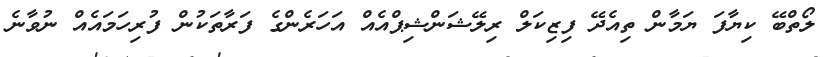
ލޯތްބޭ ކިޔާފަ ޔަމާން ތިއެދޭ ފިޒިކަލް ރިލޭޝަންޝިޕްއެއް އަހަރެންގެ ފަރާތަކުން ފުރިހަމައެއް ނުވާނެ